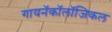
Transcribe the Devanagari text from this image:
गायनॅकॉलॉजिकल